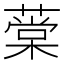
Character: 𦼕